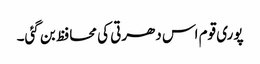
پوری قوم اس دھرتی کی محافظ بن گئی۔